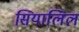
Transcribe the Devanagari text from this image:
सियालिल